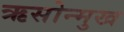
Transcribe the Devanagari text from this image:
ऋसोन्मुख